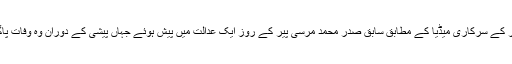
مصر کے سرکاری میڈیا کے مطابق سابق صدر محمد مرسی پیر کے روز ایک عدالت میں پیش ہوئے جہاں پیشی کے دوران وہ وفات پاگئے۔